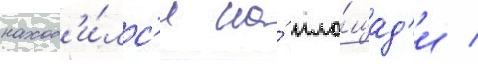
наход'и́лс'я на́ пло́щад'и /